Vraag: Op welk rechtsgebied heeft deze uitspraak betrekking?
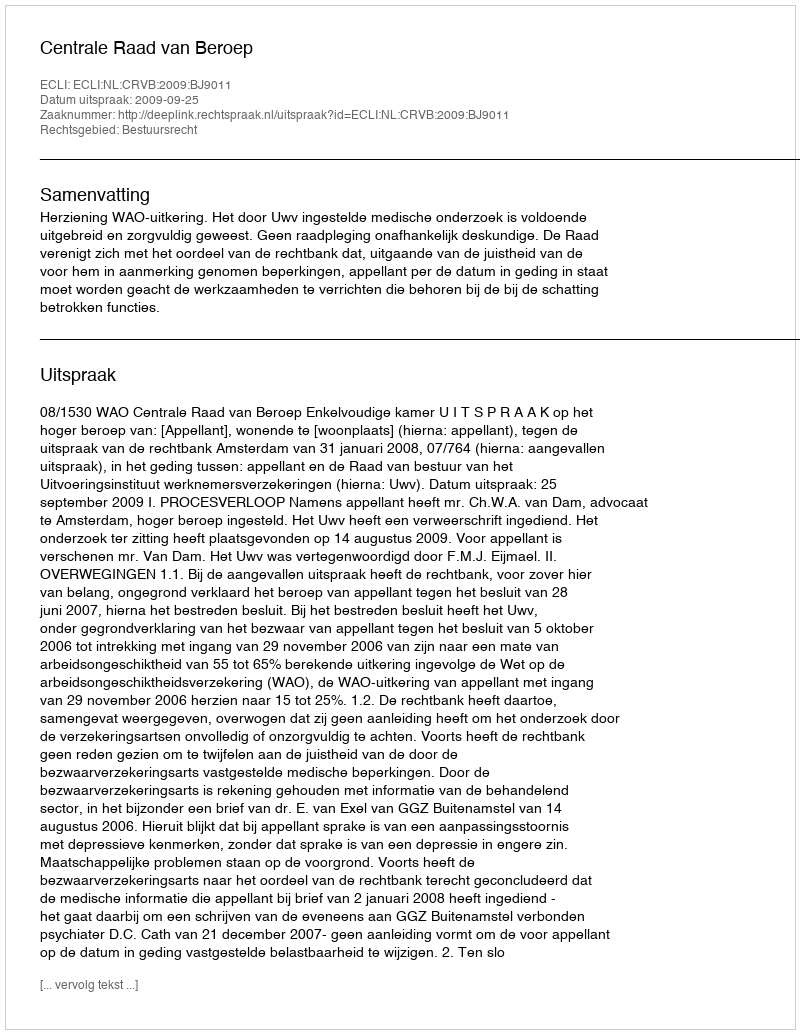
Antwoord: Bestuursrecht